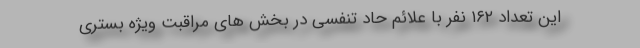
این تعداد ۱۶۲ نفر با علائم حاد تنفسی در بخش های مراقبت ویژه بستری